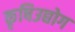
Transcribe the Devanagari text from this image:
कृषिउद्योग